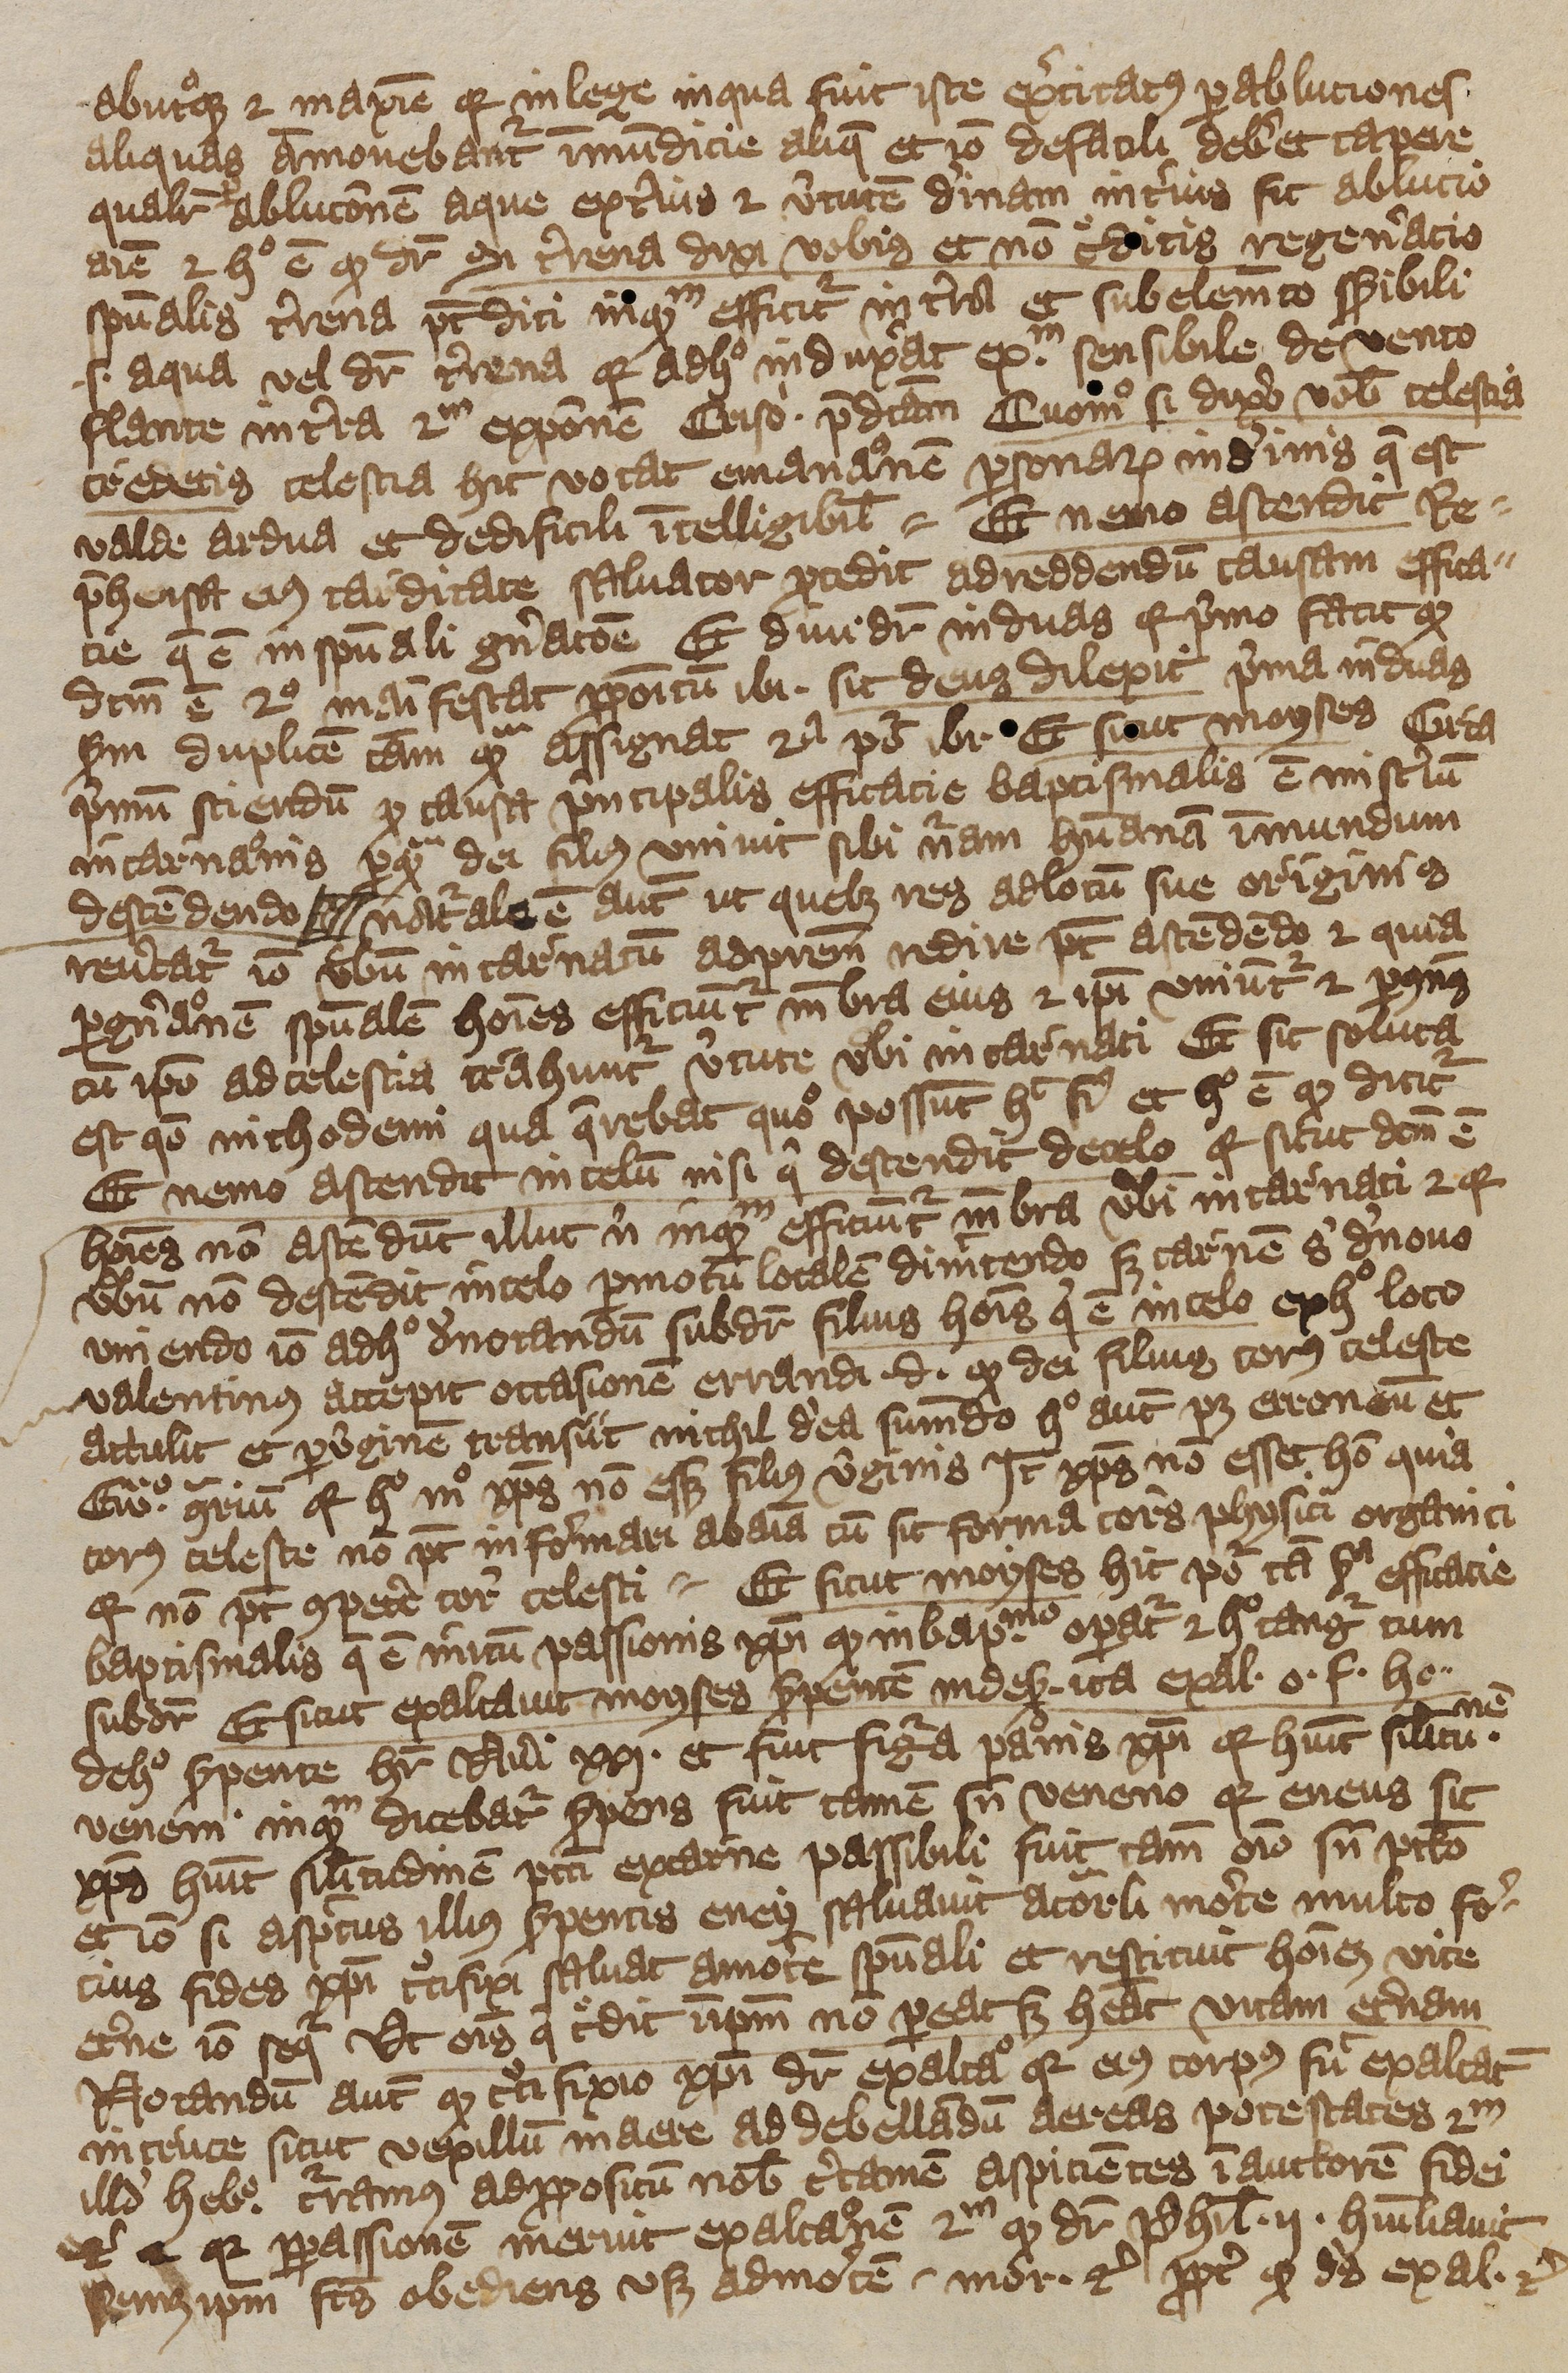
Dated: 1392–1393